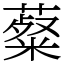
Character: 薒